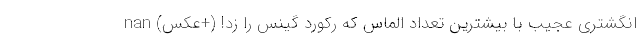
انگشتری عجیب با بیشترین تعداد الماس که رکورد گینس را زد! (+عکس) nan